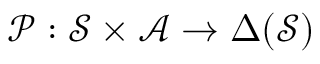
\mathcal { P } : \mathcal { S } \times \mathcal { A } \rightarrow \Delta ( \mathcal { S } )